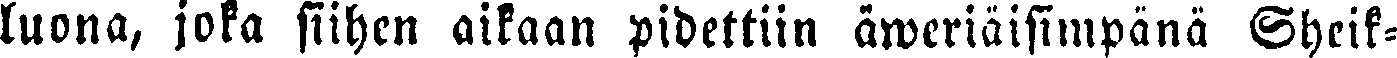
luona, joka siihen aikaan pidettiin äweriäisimpänä Sheik-